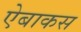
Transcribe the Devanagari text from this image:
ऐबाकस